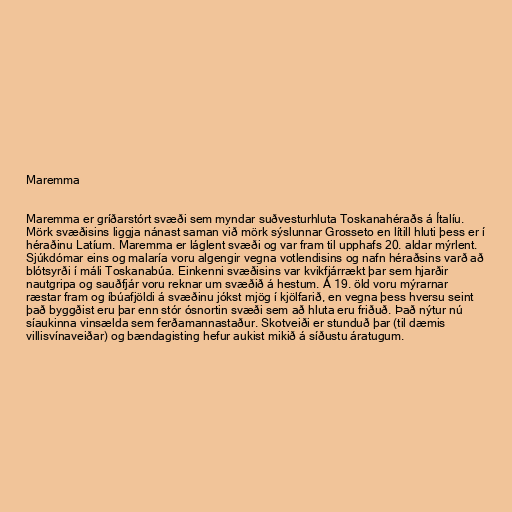
Maremma

Maremma er gríðarstórt svæði sem myndar suðvesturhluta Toskanahéraðs á Ítalíu.
Mörk svæðisins liggja nánast saman við mörk sýslunnar Grosseto en lítill hluti þess er í
héraðinu Latíum. Maremma er láglent svæði og var fram til upphafs 20. aldar mýrlent.
Sjúkdómar eins og malaría voru algengir vegna votlendisins og nafn héraðsins varð að
blótsyrði í máli Toskanabúa. Einkenni svæðisins var kvikfjárrækt þar sem hjarðir
nautgripa og sauðfjár voru reknar um svæðið á hestum. Á 19. öld voru mýrarnar
ræstar fram og íbúafjöldi á svæðinu jókst mjög í kjölfarið, en vegna þess hversu seint
það byggðist eru þar enn stór ósnortin svæði sem að hluta eru friðuð. Það nýtur nú
síaukinna vinsælda sem ferðamannastaður. Skotveiði er stunduð þar (til dæmis
villisvínaveiðar) og bændagisting hefur aukist mikið á síðustu áratugum.